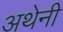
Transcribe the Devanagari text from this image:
अथेनी